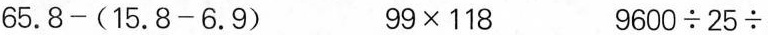
$$65.8-(15.8-6.9)$$ $$99\times 118$$ $$9600\div 25\div $$